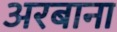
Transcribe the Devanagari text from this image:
अरबाना